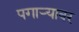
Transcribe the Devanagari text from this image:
पगाऱ्यावर